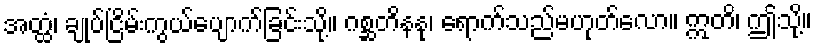
အတ္ထံ၊ ချုပ်ငြိမ်းကွယ်ပျောက်ခြင်းသို့။ ဂစ္ဆတိနနု၊ ရောက်သည်မဟုတ်လော။ ဣတိ၊ ဤသို့။